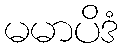
မမာပိဒံ